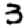
Digit: 3